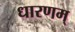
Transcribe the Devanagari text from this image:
धारणम्